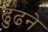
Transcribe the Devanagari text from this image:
ढु॑ढने